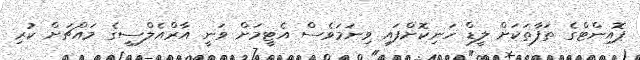
ޕޮއިންޓްގެ ތަފާތަކަށް ލީޑް ހަނިކޮށްފައި ވިނަމަވެސް އެޓީމަށް ވަނީ އާރްއެލްސީގެ މައްޗަށް ކުރި